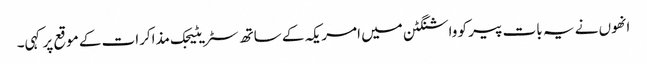
انھوں نے یہ بات پیر کو واشنگٹن میں امریکہ کے ساتھ سٹریٹیجک مذاکرات کے موقع پر کہی۔